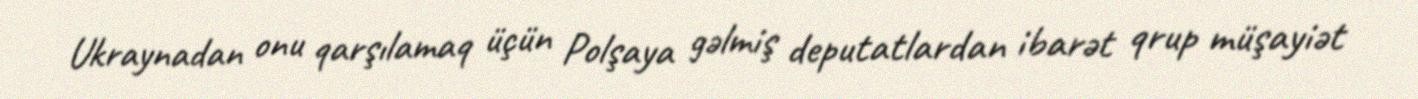
Ukraynadan onu qarşılamaq üçün Polşaya gəlmiş deputatlardan ibarət qrup müşayiət